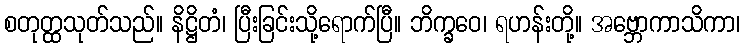
စတုတ္ထသုတ်သည်။ နိဋ္ဌိတံ၊ ပြီးခြင်းသို့ရောက်ပြီ။ ဘိက္ခဝေ၊ ရဟန်းတို့။ အဗ္ဘောကာသိကာ၊